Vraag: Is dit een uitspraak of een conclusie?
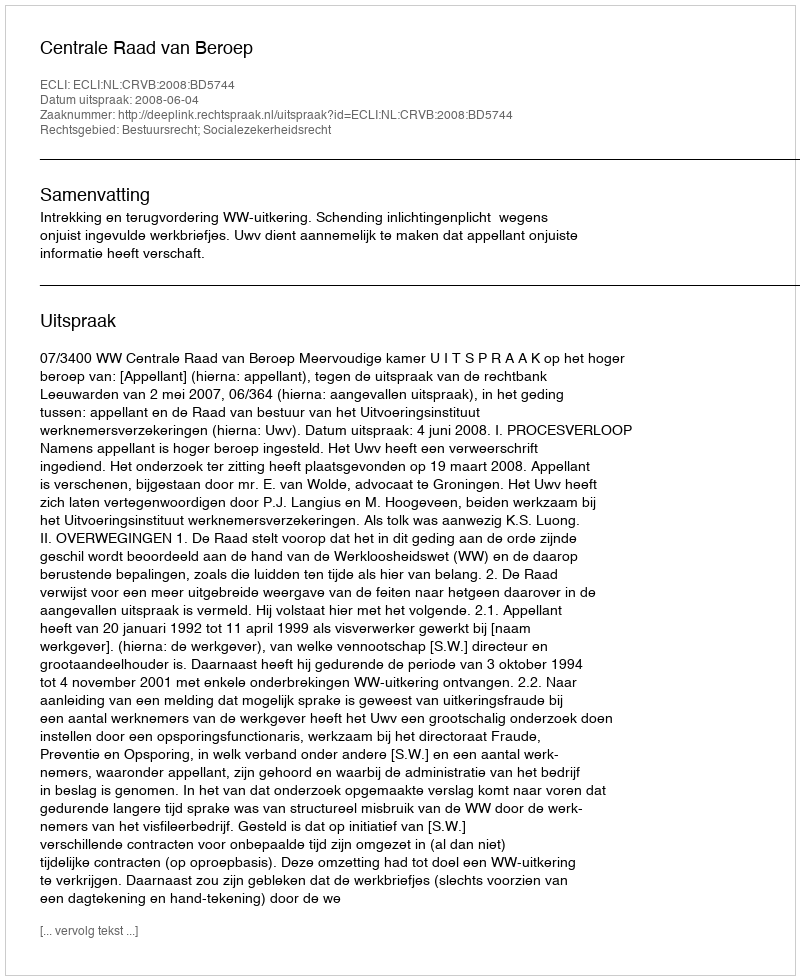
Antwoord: Uitspraak